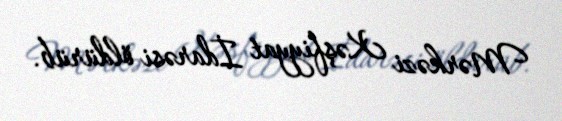
Mərkəzi Kəşfiyyat İdarəsi öldürüb.